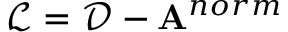
\mathcal { L } = \mathcal { D } - \mathbf { A } ^ { n o r m }